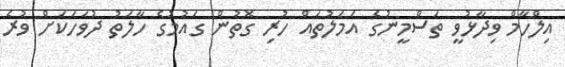
އިލްހާމް ވިދާޅުވީ ތަސްމީނުގެ އަމަލުތައް ހުރި ގޮތުން ގައުމުގެ ހާލަތު ދުވަހަކަށް ވުރެ